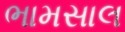
ભામસાલ